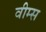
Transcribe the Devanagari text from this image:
वीम्स